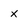
Character: x